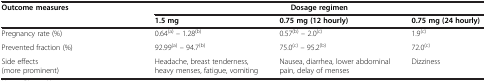
<table><thead><tr><td><b>Outcome measures</b></td><td colspan="3"><b>Dosage regimen</b></td></tr><tr><td><b> </b></td><td><b>1.5 mg</b></td><td><b>0.75 mg (12 hourly)</b></td><td><b>0.75 mg (24 hourly)</b></td></tr></thead><tbody><tr><td>Pregnancy rate (%)</td><td>0.64<sup>(a)</sup> – 1.28<sup>(b)</sup></td><td>0.57<sup>(b)</sup> – 2.0<sup>(c)</sup></td><td>1.9<sup>(c)</sup></td></tr><tr><td>Prevented fraction (%)</td><td>92.99<sup>(a)</sup> – 94.7<sup>(b)</sup></td><td>75.0<sup>(c)</sup> – 95.2<sup>(b)</sup></td><td>72.0<sup>(c)</sup></td></tr><tr><td>Side effects (more prominent)</td><td>Headache, breast tenderness, heavy menses, fatigue, vomiting</td><td>Nausea, diarrhea, lower abdominal pain, delay of menses</td><td>Dizziness</td></tr></tbody></table>